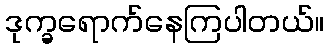
ဒုက္ခရောက်နေကြပါတယ်။